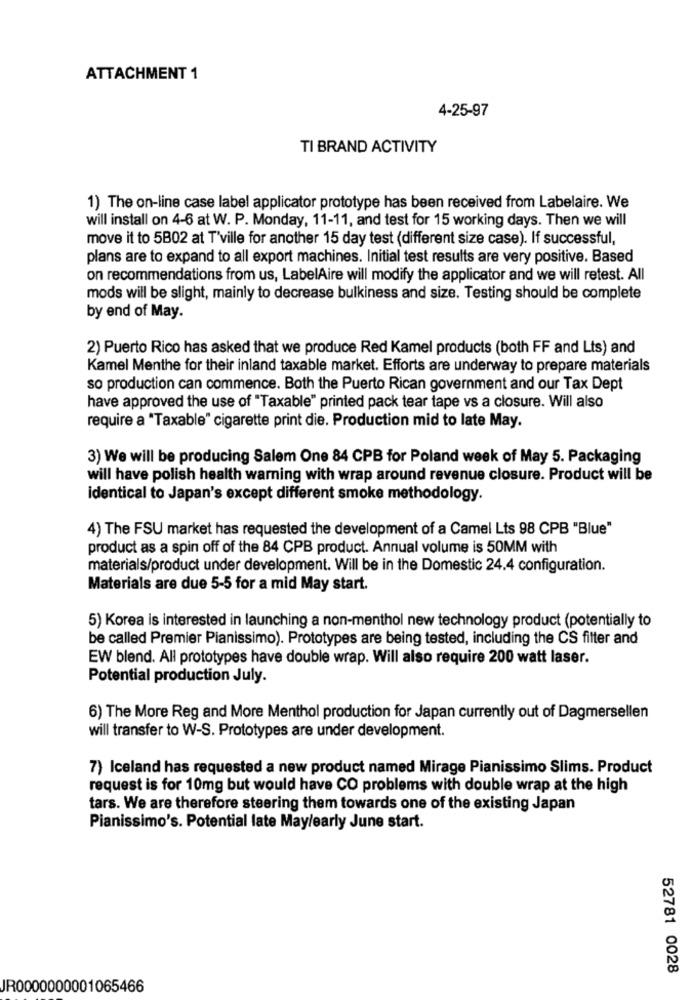
ATTACHMENT 1
4-25-97
TI BRAND ACTIVITY
1) The on-line case label applicator prototype has been received from Labelaire. We
will install on 4-6 at W. P. Monday, 11-11, and test for 15 working days. Then we will
move it to 5B02 at T'ville for another 15 day test (different size case). If successful,
plans are to expand to all export machines. Initial test results are very positive. Based
on recommendations from us, LabelAire will modify the applicator and we will retest. All
mods will be slight, mainly to decrease bulkiness and size. Testing should be complete
by end of May.
2) Puerto Rico has asked that we produce Red Kamel products (both FF and Lts) and
Kamel Menthe for their inland taxable market. Efforts are underway to prepare materials
so production can commence. Both the Puerto Rican government and our Tax Dept
have approved the use of "Taxable" printed pack tear tape vs a closure. Will also
require a "Taxable" cigarette print die. Production mid to late May.
3) We will be producing Salem One 84 CPB for Poland week of May 5. Packaging
will have polish health warning with wrap around revenue closure. Product will be
identical to Japan's except different smoke methodology.
4) The FSU market has requested the development of a Camel Lts 98 CPB "Blue"
product as a spin off of the 84 CPB product. Annual volume is 50MM with
materials/product under development. Will be in the Domestic 24.4 configuration.
Materials are due 5-5 for a mid May start.
5) Korea is interested in launching a non-menthol new technology product (potentially to
be called Premier Pianissimo). Prototypes are being tested, including the CS filter and
EW blend. All prototypes have double wrap. Will also require 200 watt laser.
Potential production July.
6) The More Reg and More Menthol production for Japan currently out of Dagmersellen
will transfer to W-S. Prototypes are under development.
7) Iceland has requested a new product named Mirage Pianissimo Slims. Product
request is for 10mg but would have CO problems with double wrap at the high
tars. We are therefore steering them towards one of the existing Japan
Pianissimo's. Potential late May/early June start.
52781 0028
JR0000000001065466